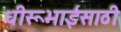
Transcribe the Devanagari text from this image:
धीरूभाईंसाठी